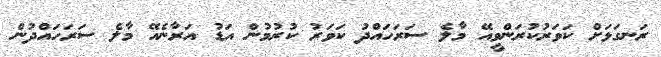
ރަނގަޅަށް ކަވަރުކުރަންވީއޭ މާލެ ސަރަހައްދު ކަވަރު ކުރުމުން އަޑު އަރާނެއޭ މާލެ ސަރަހައްދުން